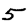
Digit: 5